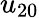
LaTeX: u_{20}